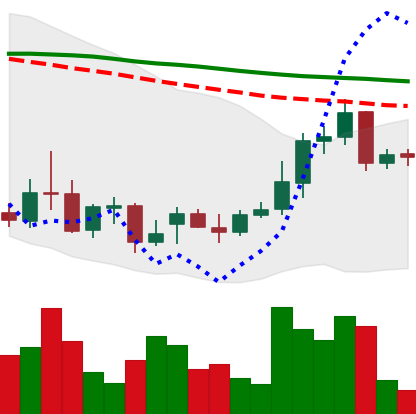
Ticker: XRP-USD
Chart end date: 2021-12-26
Forward return: -9.772%
Label: down_7plus